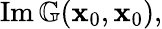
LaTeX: \begin{array}{r}{\operatorname{Im}\mathbb{G}(\mathbf{x}_{0},\mathbf{x}_{0}),}\end{array}